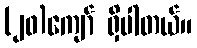
(၂၀)ကျော် ရှိပါတယ်။